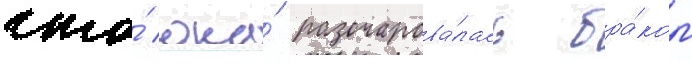
что́ она́ разочарова́лась бра́ком